Annual report on the working of the lock hospitals in the Central Provinces
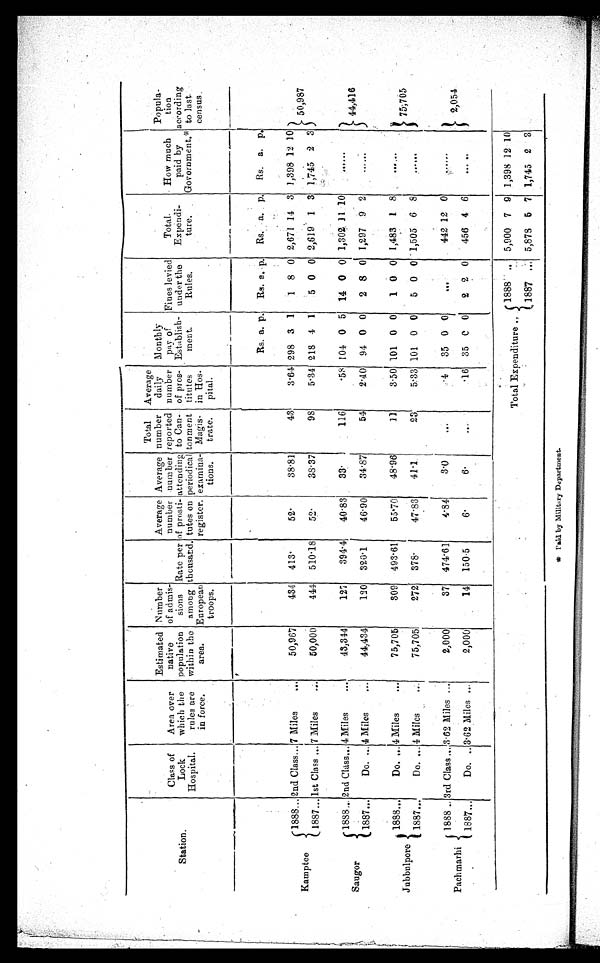
Station.
Class of
Lock
Hospital.
Area over
which the
rules are
in force.
Estimated
native
population
within the
area.
Number
of admis-
sions
among
European
troops.
Rate per
thousand.
Average
number
of prosti
tutes on
register.
Average
number
attending
periodical
examina-
tions.
Total
number
reported
to Can-
tonment
Magis-
trate.
Average
daily
number
of pros-
titutes
in Hos-
pital.
Monthly
pay of
Establish-
ment.
Fines levied
under the
Rules.
Total.
Expendi-
ture.
How much
paid by
Government.*
Popula-
tion
according
to last
census.
Rs. a. p.
Rs.
a.
p.
R s . a. p.
Rs. a. p.
Kamptee
1888
2nd Class... 7 Miles
...
50,967
434
413.
52.
38.81
43
3.64 298 3 1
1
8 0 2,671 14 3 1,398 12 10
50,987
1887
1st Class ... 7 Miles
...
50,000
444
510.18
52.
38.37
98
5.34 218 4 1
5 0 0 2,619
1
3 1,745 2 3
Saugor
1888... 2nd Class
4 Miles
...
43,344
127
394.4
40.83
33.
116
.58 104
0 5
14 0 0 1,302 11 10
. . . . . .
44,416
1887...
Do. ... 4 Miles
...
44,434
120
320.1
46.90
34.87
54
2.40
94 0 0
2 8 0 1,297
9 2
......
Jubbulpore
1888...
Do. ... 4 Miles
...
75,705
309
493.61
55.70
48.96
11
3.50 101 0 0
1 0 0 1,483
1
8 ......
75,705
1887...
Do. ... 4 Miles
...
75,705
272
378.
47.83
41.1
23
5.33 101 0 0
5 0 0 1,505 6 8
. . . . . .
Pachmarhi
1888
3rd Class ... 3.62 Miles ...
2,000
37
474.61
4.84
3.0
. . .
.4
35 0 0
...
442 12 0
......
2,054
1887
Do.
3.62 Miles ...
2,000
14
150.5
6 .
6 .
. . .
.16
35
0 0
2 2 0
456 4 6
. . . . . .
Total Expenditure
1888
. .
5 , 9 0 0 7 9 1,398 12 10
1887
. . . 5,878
5 7 1,745 2
3
* Paid by Military Department.